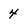
Character: 4